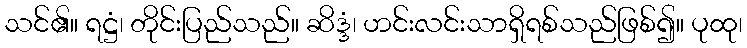
သင်၏။ ရဋ္ဌံ၊ တိုင်းပြည်သည်။ ဆိဒ္ဒံ၊ ဟင်းလင်းသာရှိရစ်သည်ဖြစ်၍။ ပုထု၊